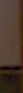
-